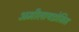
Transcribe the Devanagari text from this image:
अमीलायडोसिस